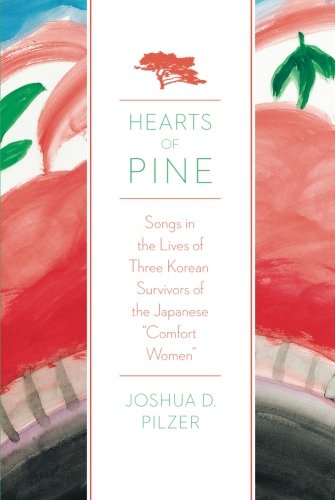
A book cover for Hearts of Pine: Songs in the Lives of Three Korean Survivors of the Japanese "Comfort Women"; Joshua D. Pilzer; History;